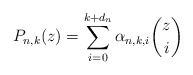
\begin{align*}P_{n,k}(z)=\sum_{i=0}^{k+d_n} \alpha_{n,k,i}\binom{z}{i}\end{align*}